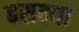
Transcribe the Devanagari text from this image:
बसक्या